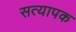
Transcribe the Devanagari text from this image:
सत्यापक